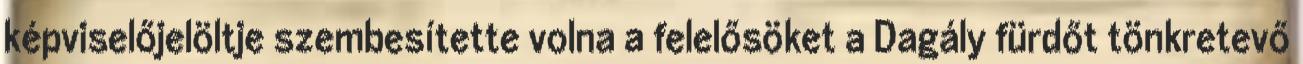
képviselőjelöltje szembesítette volna a felelősöket a Dagály fürdőt tönkretevő